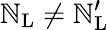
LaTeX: \mathbb{N}_{\mathrm{{L}}}\neq\mathbb{N}_{\mathrm{{L}}}^{\prime}